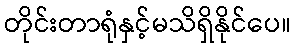
တိုင်းတာရုံနှင့်မသိရှိနိုင်ပေ။